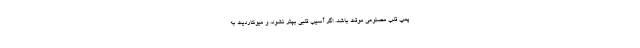
پمپ قلب مصنوعی موقت باشد. اگر آسیب قلبی بهتر نشود، و میوکاردیت به